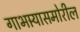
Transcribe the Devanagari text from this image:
गाभार्‍यासमोरील